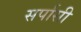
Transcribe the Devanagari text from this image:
सर्पासी